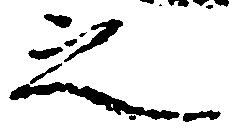
之